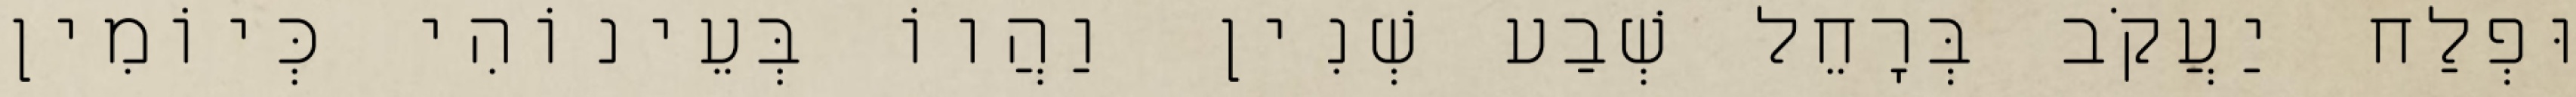
וּפְלַח יַעֲקֹב בְּרָחֵל שְׁבַע שְׁנִין וַהֲווֹ בְּעֵינוֹהִי כְּיוֹמִין